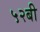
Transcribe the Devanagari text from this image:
५२बी